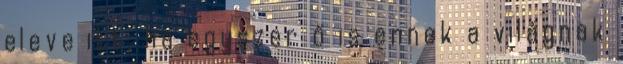
eleve itt, ha egyszer ő is ennek a világnak